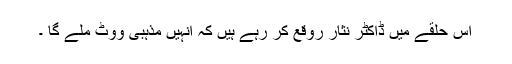
اس حلقے میں ڈاکٹر نثار روقع کر رہے ہیں کہ انہیں مذہبی ووٹ ملے گا ۔